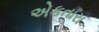
એકતારા